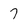
Character: 7